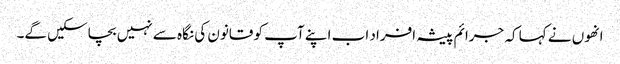
انھوں نے کہا کہ جرائم پیشہ افراد اب اپنے آپ کو قانون کی نگاہ سے نہیں بچاسکیں گے۔